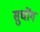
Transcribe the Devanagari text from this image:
सुचोंग